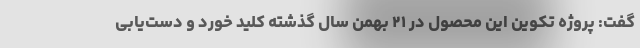
گفت:‌ پروژه تکوین این محصول در ۲۱ بهمن سال گذشته کلید خورد و دست‌یابی